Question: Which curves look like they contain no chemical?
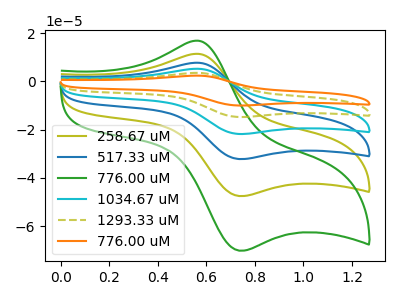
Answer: <think>The olive curve "258.67 uM" has an anodic peak at (0.55V, 11.45uA) and a cathodic peak at (0.75V, -47.55uA). The blue curve "517.33 uM" has an anodic peak at (0.55V, 22.90uA) and a cathodic peak at (0.75V, -95.05uA). The green curve "776.00 uM" has an anodic peak at (0.55V, 16.90uA) and a cathodic peak at (0.75V, -70.20uA). The cyan curve "1034.67 uM" has an anodic peak at (0.55V, 34.30uA) and a cathodic peak at (0.75V, -142.60uA). The olive dashed curve "1293.33 uM" has an anodic peak at (0.55V, 45.75uA) and a cathodic peak at (0.75V, -190.10uA). The orange curve "776.00 uM" has an anodic peak at (0.55V, 57.20uA) and a cathodic peak at (0.75V, -237.65uA).</think>
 <answer>There are not any CV's on this graph that are likely to be blanks.</answer>
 <eval>none</eval>